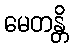
မေတန္တိ